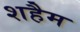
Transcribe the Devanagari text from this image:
शहैम